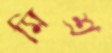
মিশ্র